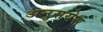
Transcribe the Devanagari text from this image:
अनुसयेस